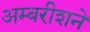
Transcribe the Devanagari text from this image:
अम्बरीशने